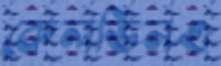
কেলভিনও